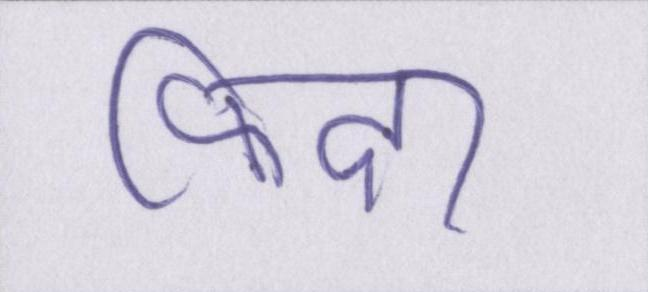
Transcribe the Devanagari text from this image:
फिदा